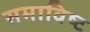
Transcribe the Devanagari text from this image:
समाविष्‍ट